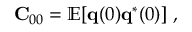
{ \bf C } _ { 0 0 } = \mathbb { E } [ { \bf q } ( 0 ) { \bf q } ^ { * } ( 0 ) ] \mathrm { ~ , ~ }